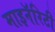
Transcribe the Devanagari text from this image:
माइनॅरिटी